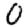
Digit: 0